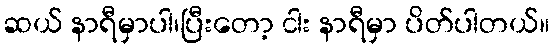
ဆယ် နာရီမှာပါ၊ပြီးတော့ ငါး နာရီမှာ ပိတ်ပါတယ်။